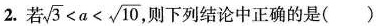
2.若$$\sqrt { 3 } < a < \sqrt { 1 0 }$$，则下列结论中正确的是()